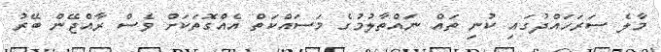
މާލެ ސަރަހައްދުގައި ކުނި ތައް ނައްތާލުމުގެ މަސައްކަތް އެއްގޮތަކަށް ވެސް ރާއްޖޭން ބޭރު